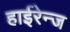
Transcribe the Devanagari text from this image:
हाईरेन्ज